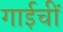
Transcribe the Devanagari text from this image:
गाईचीं